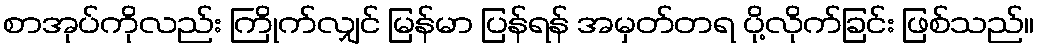
စာအုပ်ကိုလည်း ကြိုက်လျှင် မြန်မာ ပြန်ရန် အမှတ်တရ ပို့လိုက်ခြင်း ဖြစ်သည်။